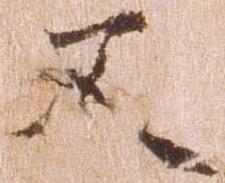
又